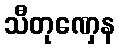
သီတုဏှေန